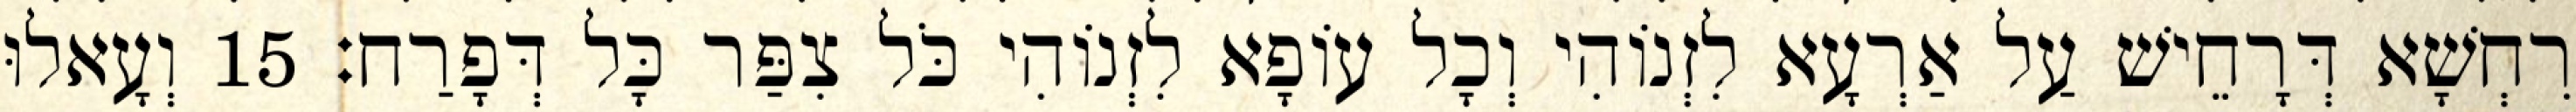
רִחְשָׁא דְּרָחֵישׁ עַל אַרְעָא לִזְנוֹהִי וְכָל עוֹפָא לִזְנוֹהִי כֹּל צִפַּר כָּל דְּפָרַח׃ 15 וְעָאלוּ